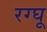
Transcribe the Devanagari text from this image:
रग्घू